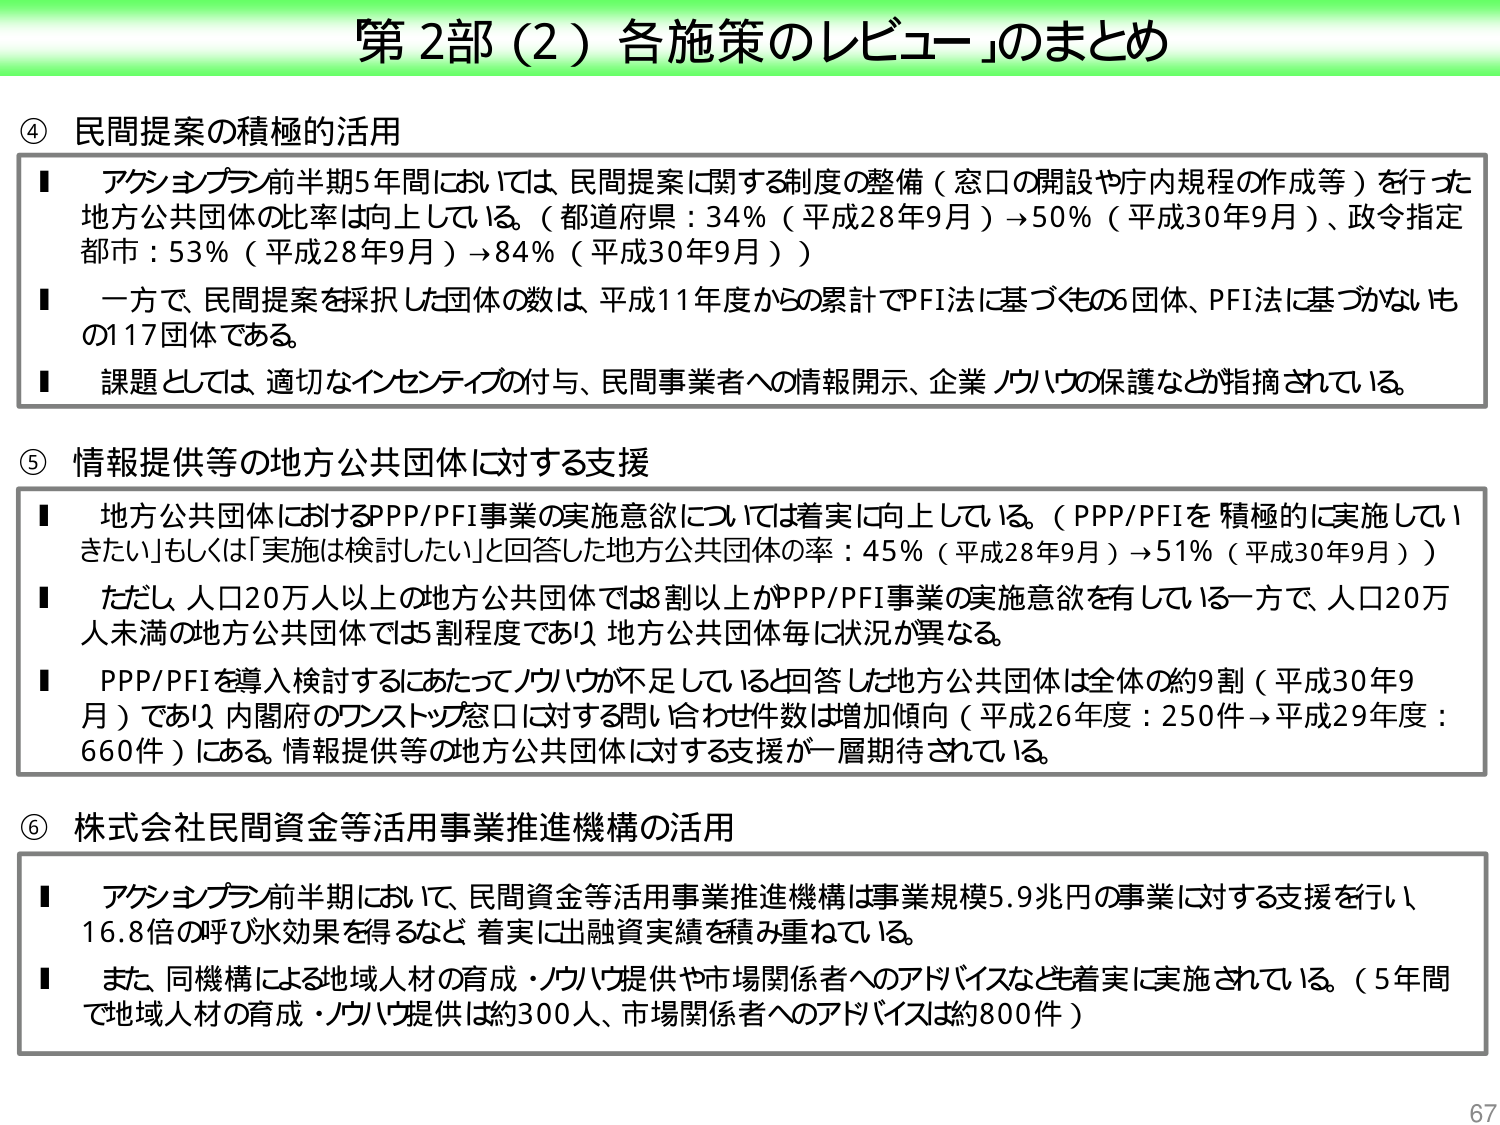
第2部（2）各施策のレビュー」のまとめ

④ 民間提案の積極的活用
■ アクションプラン前半期5年間においては、民間提案に関する制度の整備（窓口の開設や庁内規程の作成等）を行った。地方公共団体の比率は向上している。（都道府県：34％（平成28年9月）→50％（平成30年9月）、政令指定都市：53％（平成28年9月）→84％（平成30年9月））
■ 一方で、民間提案を採択した団体の数は、平成11年度からの累計でPFI法に基づくもの6団体、PFI法に基づかないもの17団体である。
■ 課題としては、適切なインセンティブの付与、民間事業者への情報開示、企業ノウハウの保護などが指摘されている。

⑤ 情報提供等の地方公共団体に対する支援
■ 地方公共団体におけるPPP/PFI事業の実施意欲については着実に向上している。（PPP/PFIを積極的に実施していきたい」もしくは「実施は検討したい」と回答した地方公共団体の率：45％（平成28年9月）→51％（平成30年9月））
■ ただし、人口20万人以上的地方公共団体では8割以上がPPP/PFI事業の実施意欲を有している一方で、人口20万人未満の地方公共団体では5割程度であり、地方公共団体毎に状況が異なる。
■ PPP/PFIを導入検討するにあたってノウハウが不足していると回答した地方公共団体は全体の約9割（平成30年9月）であり、内閣府のワンストップ窓口に対する問い合わせ件数は増加傾向（平成26年度：250件→平成29年度：660件）にある。情報提供等の地方公共団体に対する支援が一層期待されている。

⑥ 株式会社民間資金等活用事業推進機構の活用
■ アクションプラン前半期において、民間資金等活用事業推進機構は事業規模5.9兆円の事業に対する支援を行い、16.8倍の呼び水効果を得るなど、着実に出融資実績を積み重ねている。
■ また、同機構による地域人材の育成・ノウハウ提供や市場関係者へのアドバイスなども着実に実施されている。（5年間で地域人材の育成・ノウハウ提供は約300人、市場関係者へのアドバイスは約800件）

67